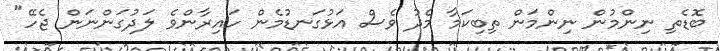
ބޮޑެތި ނިންމުން ނިންމަން ތިބިކަމާ މެދު ވެސް އަޅުގަނޑުމެން ހައިރާންވެ ލަދުގަންނަން ޖެހޭ"